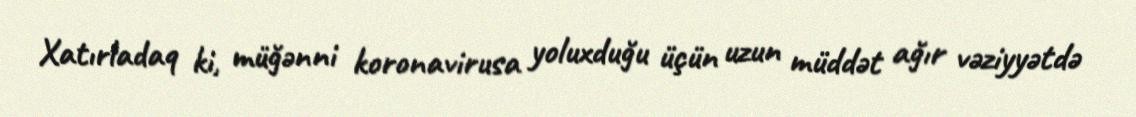
Xatırladaq ki, müğənni koronavirusa yoluxduğu üçün uzun müddət ağır vəziyyətdə